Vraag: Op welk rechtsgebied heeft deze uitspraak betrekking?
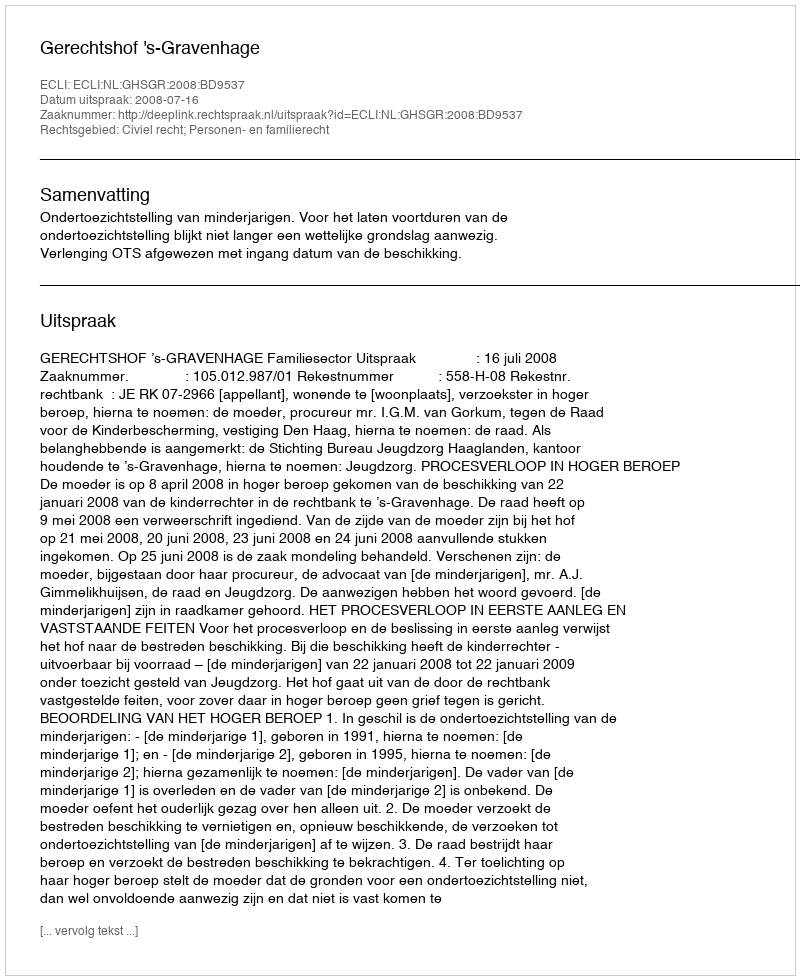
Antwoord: Civiel recht; Personen- en familierecht